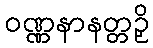
ဝဏ္ဏနာနတ္တဉှိ